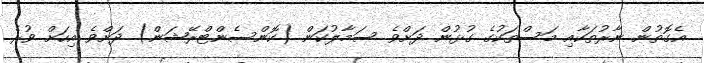
އެގޮތުން ނާރުތަކާއި މަސްތަކުގެ ގުޅުން ދަށްވެ ސަމާލުކަން (ކޮންސެންޓްރޭޝަން) ދަށްވެ އިހަށް ވުރެ